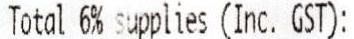
TOTAL 6% SUPPLIES (INC. GST):